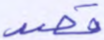
قصد